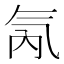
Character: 氝